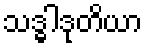
သဒ္ဓါဒုတိယာ